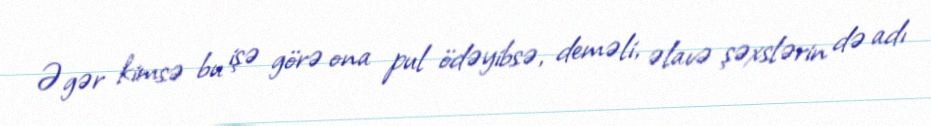
Əgər kimsə bu işə görə ona pul ödəyibsə, deməli, əlavə şəxslərin də adı